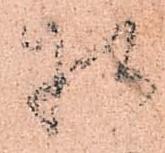
様